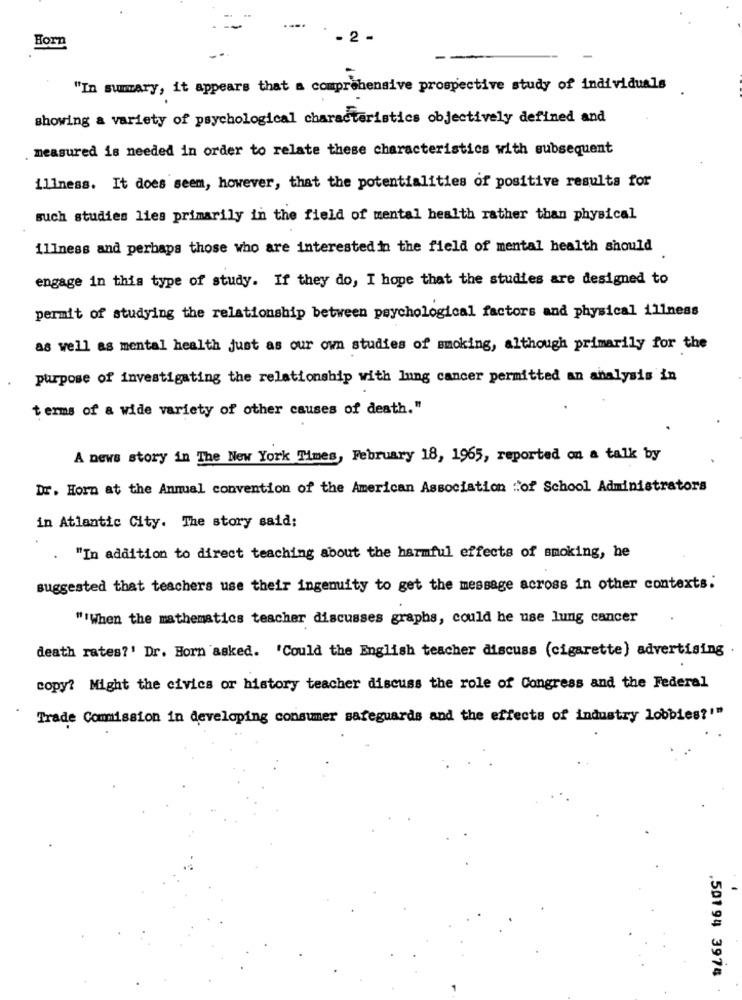
--..
- 2 -
Born
"In summary, it appears that a comprehensive prospective study of individuals
showing a variety of psychological characteristics objectively defined and
measured is needed in order to relate these characteristics with subsequent
illness. It does seem, however, that the potentialities of positive results for
such studies lies primarily in the field of mental health rather than physical
illness and perhaps those who are interested in the field of mental health should
engage in this type of study. If they do, I hope that the studies are designed to
permit of studying the relationship between psychological factors and physical illness
as well as mental health just as our own studies of smoking, although primarily for the
purpose of investigating the relationship with lung cancer permitted an analysis in
terms of a wide variety of other causes of death."
A news story in The New York Times, February 18, 1965, reported on a talk by
Dr. Horn at the Annual convention of the American Association :of School Administrators
in Atlantic City. The story said:
"In addition to direct teaching about the harmful effects of smoking, he
suggested that teachers use their ingenuity to get the message across in other contexts.
""When the mathematics teacher discusses graphs, could he use lung cancer
death rates?' Dr. Horn asked. 'Could the English teacher discuss (cigarette) advertising
copy? Might the civics or history teacher discuss the role of Congress and the Federal
Trade Commission in developing consumer safeguards and the effects of industry lobbies?""
,501 94 3974